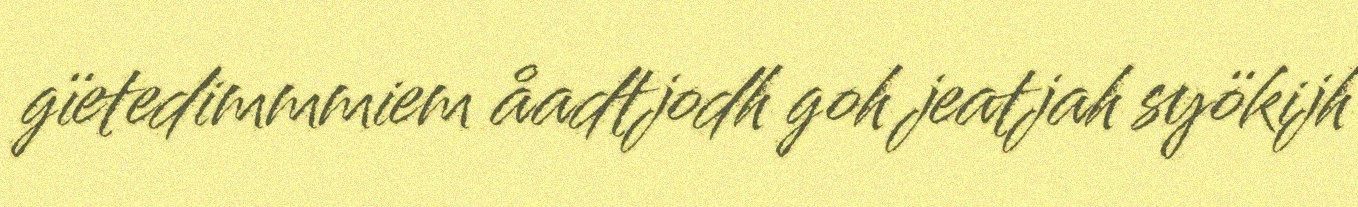
gïetedimmmiem åadtjodh goh jeatjah syökijh